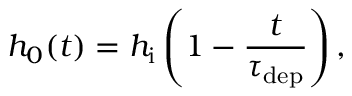
h _ { 0 } ( t ) = h _ { \mathrm { i } } \left( 1 - \frac { t } { \tau _ { \mathrm { d e p } } } \right) ,